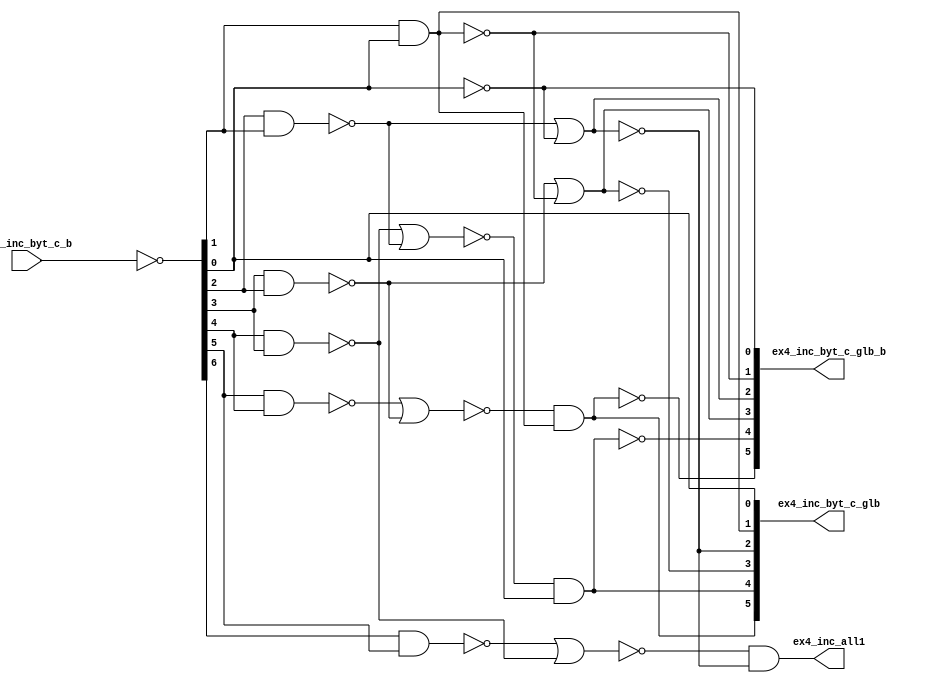
module fu_add_all1(
   ex4_inc_byt_c_b,
   ex4_inc_byt_c_glb,
   ex4_inc_byt_c_glb_b,
   ex4_inc_all1
);
   input [0:6]  ex4_inc_byt_c_b;		// from each byte section
   output [1:6] ex4_inc_byt_c_glb;
   output [1:6] ex4_inc_byt_c_glb_b;
   output       ex4_inc_all1;
   //   ATTRIBUTE BTR_NAME            OF fu_add_all1 : ENTITY IS "fu_add_all1";

   parameter    tiup = 1'b1;
   parameter    tidn = 1'b0;

   wire [0:6]   ex4_inc_byt_g1;
   wire [0:6]   ex4_inc_byt_g2_b;
   wire [0:6]   ex4_inc_byt_g4;
   wire [0:6]   ex4_inc_byt_g8_b;
   wire [1:6]   ex4_inc_byt_g_glb_int;



   assign ex4_inc_byt_g1[0:6] = (~ex4_inc_byt_c_b[0:6]);		//expect some wire distance between latches
   // drive to a common location

   assign ex4_inc_byt_g2_b[6] = (~(ex4_inc_byt_g1[6]));
   assign ex4_inc_byt_g2_b[5] = (~(ex4_inc_byt_g1[5] & ex4_inc_byt_g1[6]));
   assign ex4_inc_byt_g2_b[4] = (~(ex4_inc_byt_g1[4] & ex4_inc_byt_g1[5]));
   assign ex4_inc_byt_g2_b[3] = (~(ex4_inc_byt_g1[3] & ex4_inc_byt_g1[4]));
   assign ex4_inc_byt_g2_b[2] = (~(ex4_inc_byt_g1[2] & ex4_inc_byt_g1[3]));
   assign ex4_inc_byt_g2_b[1] = (~(ex4_inc_byt_g1[1] & ex4_inc_byt_g1[2]));
   assign ex4_inc_byt_g2_b[0] = (~(ex4_inc_byt_g1[0] & ex4_inc_byt_g1[1]));

   assign ex4_inc_byt_g4[6] = (~(ex4_inc_byt_g2_b[6]));
   assign ex4_inc_byt_g4[5] = (~(ex4_inc_byt_g2_b[5]));
   assign ex4_inc_byt_g4[4] = (~(ex4_inc_byt_g2_b[4] | ex4_inc_byt_g2_b[6]));
   assign ex4_inc_byt_g4[3] = (~(ex4_inc_byt_g2_b[3] | ex4_inc_byt_g2_b[5]));
   assign ex4_inc_byt_g4[2] = (~(ex4_inc_byt_g2_b[2] | ex4_inc_byt_g2_b[4]));
   assign ex4_inc_byt_g4[1] = (~(ex4_inc_byt_g2_b[1] | ex4_inc_byt_g2_b[3]));
   assign ex4_inc_byt_g4[0] = (~(ex4_inc_byt_g2_b[0] | ex4_inc_byt_g2_b[2]));

   assign ex4_inc_byt_g8_b[6] = (~(ex4_inc_byt_g4[6]));
   assign ex4_inc_byt_g8_b[5] = (~(ex4_inc_byt_g4[5]));
   assign ex4_inc_byt_g8_b[4] = (~(ex4_inc_byt_g4[4]));
   assign ex4_inc_byt_g8_b[3] = (~(ex4_inc_byt_g4[3]));
   assign ex4_inc_byt_g8_b[2] = (~(ex4_inc_byt_g4[2] & ex4_inc_byt_g4[6]));
   assign ex4_inc_byt_g8_b[1] = (~(ex4_inc_byt_g4[1] & ex4_inc_byt_g4[5]));
   assign ex4_inc_byt_g8_b[0] = (~(ex4_inc_byt_g4[0] & ex4_inc_byt_g4[4]));

   assign ex4_inc_all1 = (~ex4_inc_byt_g8_b[0]);
   assign ex4_inc_byt_c_glb[1] = (~ex4_inc_byt_g8_b[1]);		// drive back from common
   assign ex4_inc_byt_c_glb[2] = (~ex4_inc_byt_g8_b[2]);		// drive back from common
   assign ex4_inc_byt_c_glb[3] = (~ex4_inc_byt_g8_b[3]);		// drive back from common
   assign ex4_inc_byt_c_glb[4] = (~ex4_inc_byt_g8_b[4]);		// drive back from common
   assign ex4_inc_byt_c_glb[5] = (~ex4_inc_byt_g8_b[5]);		// drive back from common
   assign ex4_inc_byt_c_glb[6] = (~ex4_inc_byt_g8_b[6]);		// drive back from common

   assign ex4_inc_byt_g_glb_int[1] = (~ex4_inc_byt_g8_b[1]);
   assign ex4_inc_byt_g_glb_int[2] = (~ex4_inc_byt_g8_b[2]);
   assign ex4_inc_byt_g_glb_int[3] = (~ex4_inc_byt_g8_b[3]);
   assign ex4_inc_byt_g_glb_int[4] = (~ex4_inc_byt_g8_b[4]);
   assign ex4_inc_byt_g_glb_int[5] = (~ex4_inc_byt_g8_b[5]);
   assign ex4_inc_byt_g_glb_int[6] = (~ex4_inc_byt_g8_b[6]);

   assign ex4_inc_byt_c_glb_b[1] = (~ex4_inc_byt_g_glb_int[1]);		// drive back from common
   assign ex4_inc_byt_c_glb_b[2] = (~ex4_inc_byt_g_glb_int[2]);		// drive back from common
   assign ex4_inc_byt_c_glb_b[3] = (~ex4_inc_byt_g_glb_int[3]);		// drive back from common
   assign ex4_inc_byt_c_glb_b[4] = (~ex4_inc_byt_g_glb_int[4]);		// drive back from common
   assign ex4_inc_byt_c_glb_b[5] = (~ex4_inc_byt_g_glb_int[5]);		// drive back from common
   assign ex4_inc_byt_c_glb_b[6] = (~ex4_inc_byt_g_glb_int[6]);		// drive back from common

endmodule